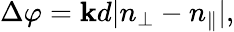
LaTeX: \Delta\varphi=\mathbf{k}d|n_{\bot}-n_{\| }|,